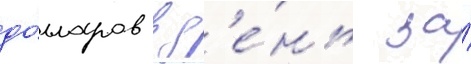
до́лларов в д'е́нь за́